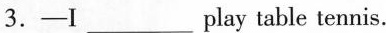
3. ——I ___play table tennis.